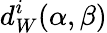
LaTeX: d_{W}^{i}(\alpha,\beta)